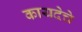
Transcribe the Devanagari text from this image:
कायदेचे